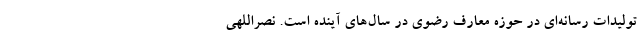
تولیدات رسانه‌ای در حوزه معارف رضوی در سال‌های آینده است. نصراللهی